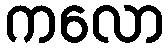
ကလော